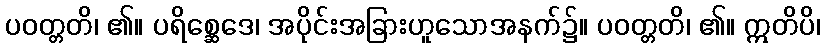
ပဝတ္တတိ၊ ၏။ ပရိစ္ဆေဒေ၊ အပိုင်းအခြားဟူသောအနက်၌။ ပဝတ္တတိ၊ ၏။ ဣတိပိ၊